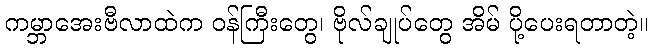
ကမ္ဘာအေးဗီလာထဲက ဝန်ကြီးတွေ၊ ဗိုလ်ချုပ်တွေ အိမ် ပို့ပေးရတာတဲ့။